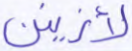
لأزينن